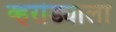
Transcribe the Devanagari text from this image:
व्हरांड्याला